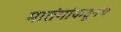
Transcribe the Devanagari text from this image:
मातंगांकडूनच